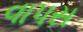
વાપસ